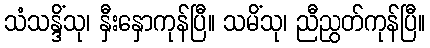
သံသန္ဒိံသု၊ နှီးနှောကုန်ပြီ။ သမိံသု၊ ညီညွတ်ကုန်ပြီ။